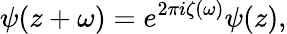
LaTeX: \psi(z+\omega)=e^{2\pi i\zeta(\omega)}\psi(z),